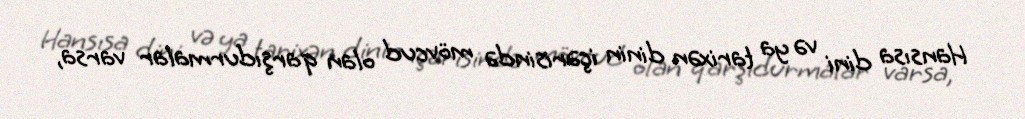
Hansısa dini və ya tarixən dinin içərisində mövcud olan qarşıdurmalar varsa,